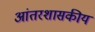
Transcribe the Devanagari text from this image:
आंतरशासकीय